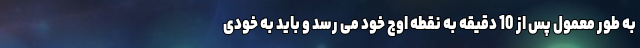
به طور معمول پس از 10 دقیقه به نقطه اوج خود می رسد و باید به خودی